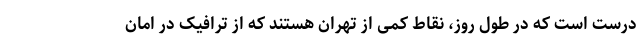
درست است که در طول روز، نقاط کمی از تهران هستند که از ترافیک در امان